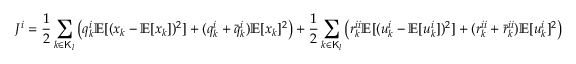
J ^ { i } = \frac { 1 } { 2 } \sum _ { k \in \mathsf { K } _ { l } } \big ( q _ { k } ^ { i } \mathbb { E } [ ( x _ { k } - \mathbb { E } [ x _ { k } ] ) ^ { 2 } ] + ( q _ { k } ^ { i } + \bar { q } _ { k } ^ { i } ) \mathbb { E } [ x _ { k } ] ^ { 2 } \big ) + \frac { 1 } { 2 } \sum _ { k \in \mathsf { K } _ { l } } \big ( r _ { k } ^ { i i } \mathbb { E } [ ( u _ { k } ^ { i } - \mathbb { E } [ u _ { k } ^ { i } ] ) ^ { 2 } ] + ( r _ { k } ^ { i i } + \bar { r } _ { k } ^ { i i } ) \mathbb { E } [ u _ { k } ^ { i } ] ^ { 2 } \big )